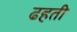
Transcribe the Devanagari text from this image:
ढहती